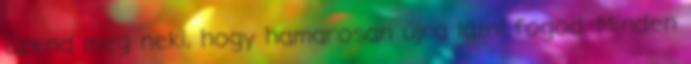
üzend meg neki, hogy hamarosan újra látni fogod. Minden